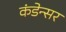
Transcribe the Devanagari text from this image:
कंडेन्सर